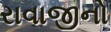
રાવાજીનો